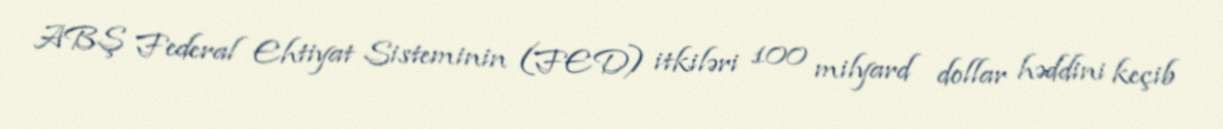
ABŞ Federal Ehtiyat Sisteminin (FED) itkiləri 100 milyard dollar həddini keçib